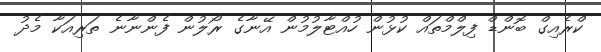
ކްރެއިގް ބޮންޑް ފިލްމްތައް ކުޅުން ހުއްޓާލުމުން އޭނާގެ ރޯލުން ފެންނާނެ ތަރިއަކާ މެދު